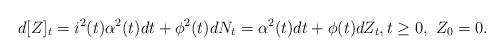
LaTeX: \begin{align*}d[Z]_t = i^2(t) \alpha^2(t) d{t} + \phi^2(t)dN_t = \alpha^2(t) dt + \phi(t) d Z_t,t\geq 0, \ Z_0=0.\end{align*}